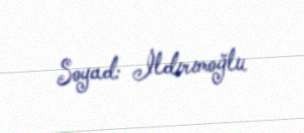
Soyad: İldırımoğlu